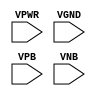
module sky130_fd_sc_lp__tapvpwrvgnd (
    VPWR,
    VGND,
    VPB ,
    VNB
);

    input VPWR;
    input VGND;
    input VPB ;
    input VNB ;
endmodule